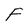
Character: F